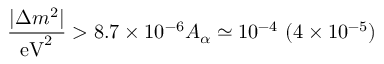
\frac { | \Delta m ^ { 2 } | } { \mathrm { e V } ^ { 2 } } > 8 . 7 \times 1 0 ^ { - 6 } A _ { \alpha } \simeq 1 0 ^ { - 4 } \ ( 4 \times 1 0 ^ { - 5 } )